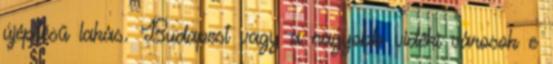
újépítésű lakás. Budapest vagy a nagyobb vidéki városok e